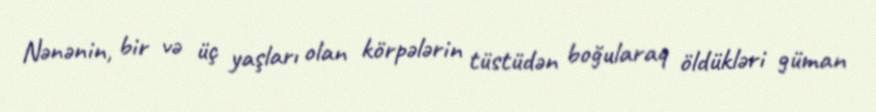
Nənənin, bir və üç yaşları olan körpələrin tüstüdən boğularaq öldükləri güman